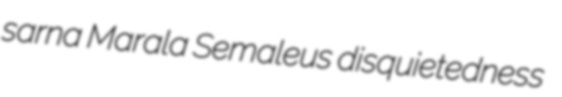
sarna Marala Semaleus disquietedness